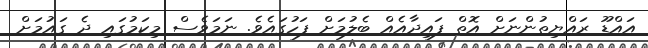
އައްޑޫ ރައްޔިތުންނަށް އޮތް ފައިދާއެއް ބެލުމަށް ފަހުގައެވެ. ނަމަވެސް މިކަމުގައި ދެ ގައުމަށް